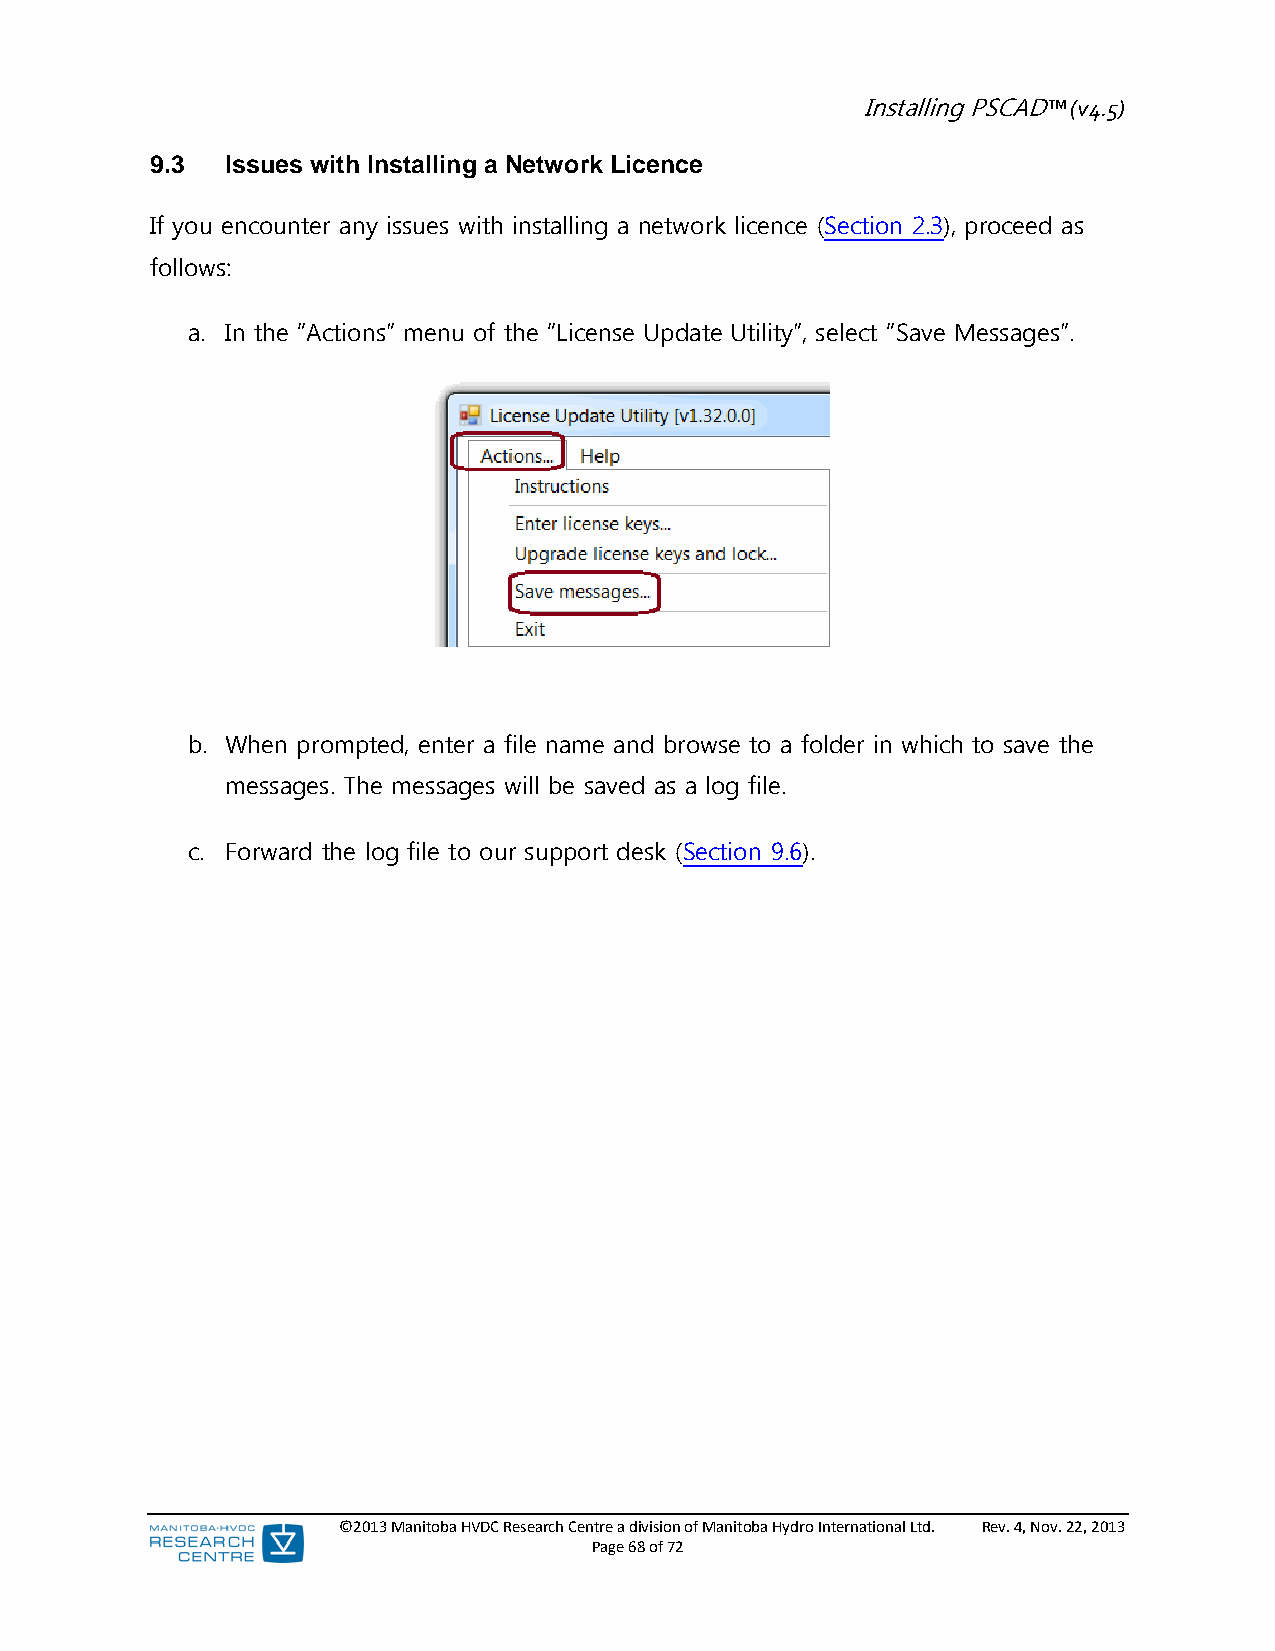
Installing PSCAD™ (v4.5)
 9.3  Issues with Installing a Network Licence
 If you encounter any issues with installing a network licence (Section 2.3), proceed as
 follows:
 a. In the “Actions” menu of the “License Update Utility”, select “Save Messages”.
 b. When prompted, enter a file name and browse to a folder in which to save the
 messages. The messages will be saved as a log file.
 c. Forward the log file to our support desk (Section 9.6).
 ©2013 Manitoba HVDC Research Centre a division of Manitoba Hydro International Ltd. Rev. 4, Nov. 22, 2013
 Page 68 of 72